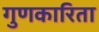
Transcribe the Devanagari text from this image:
गुणकारिता